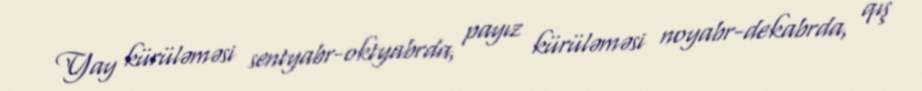
Yay kürüləməsi sentyabr-oktyabrda, payız kürüləməsi noyabr-dekabrda, qış